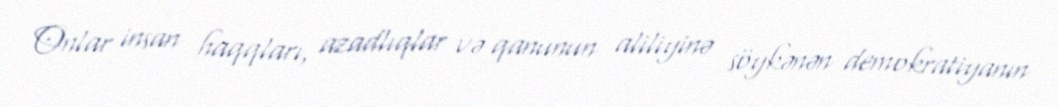
Onlar insan haqqları, azadlıqlar və qanunun aliliyinə söykənən demokratiyanın